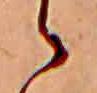
ゝ